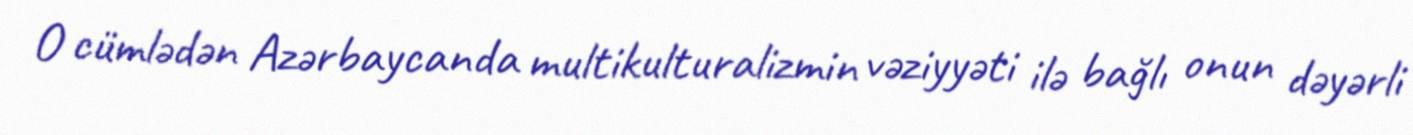
O cümlədən Azərbaycanda multikulturalizmin vəziyyəti ilə bağlı onun dəyərli